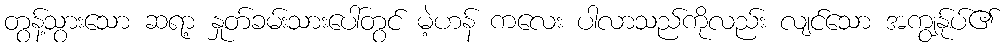
တွန့်သွားသော ဆရာ့ နှုတ်ခမ်းသားပေါ်တွင် မဲ့ဟန် ကလေး ပါလာသည်ကိုလည်း လျင်သော အကျွန်ုပ်၏